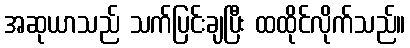
အဆုယာသည် သက်ပြင်းချပြီး ထထိုင်လိုက်သည်။